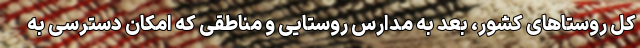
کل روستاهای کشور، بعد به مدارس روستایی و مناطقی که امکان دسترسی به